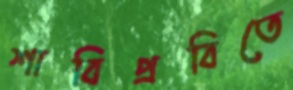
শাবিপ্রবিতে